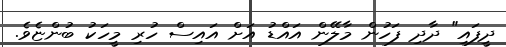
ދީފައި" ދާދި ފަހުން މާލޭން އައްޑު އަށް އައިސް ހުރި މީހަކު ބުންޏެވެ.